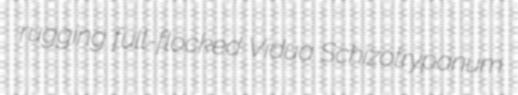
rugging full-flocked Vidua Schizotrypanum